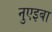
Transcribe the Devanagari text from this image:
नुएइबा